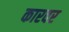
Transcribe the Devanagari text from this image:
कारवर